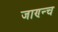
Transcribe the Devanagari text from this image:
जाण्न्च